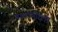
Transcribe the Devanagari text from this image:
बालापीरला